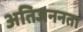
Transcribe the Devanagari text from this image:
अतिजननता